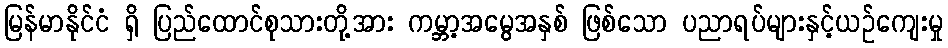
မြန်မာနိုင်ငံ ရှိ ပြည်ထောင်စုသားတို့အား ကမ္ဘာ့အမွေအနှစ် ဖြစ်သော ပညာရပ်များနှင့်ယဉ်ကျေးမှု